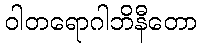
ဝါတရောဂါဘိနီတော